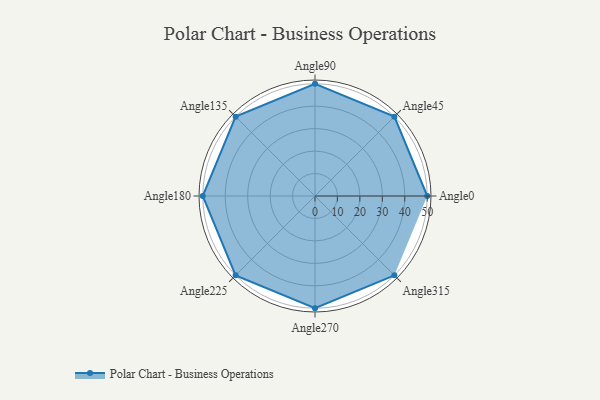
{"axis": {"x": "Angle", "y": "Radius"}, "legend": [""], "data": [{"x": "Angle0", "y": 50, "type": ""}, {"x": "Angle45", "y": 50, "type": ""}, {"x": "Angle90", "y": 50, "type": ""}, {"x": "Angle135", "y": 50, "type": ""}, {"x": "Angle180", "y": 50, "type": ""}, {"x": "Angle225", "y": 50, "type": ""}, {"x": "Angle270", "y": 50, "type": ""}, {"x": "Angle315", "y": 50, "type": ""}]}